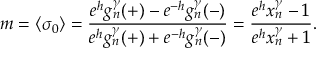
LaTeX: m = \langle \sigma _ { 0 } \rangle = \frac { e ^ { h } g _ { n } ^ { \gamma } ( + ) - e ^ { - h } g _ { n } ^ { \gamma } ( - ) } { e ^ { h } g _ { n } ^ { \gamma } ( + ) + e ^ { - h } g _ { n } ^ { \gamma } ( - ) } = \frac { e ^ { h } x _ { n } ^ { \gamma } - 1 } { e ^ { h } x _ { n } ^ { \gamma } + 1 } .